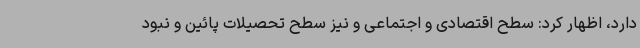
دارد، اظهار کرد: سطح اقتصادی و اجتماعی و نیز سطح تحصیلات پائین و نبود